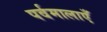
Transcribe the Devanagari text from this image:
पर्वमालाएँ